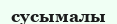
сусымалы